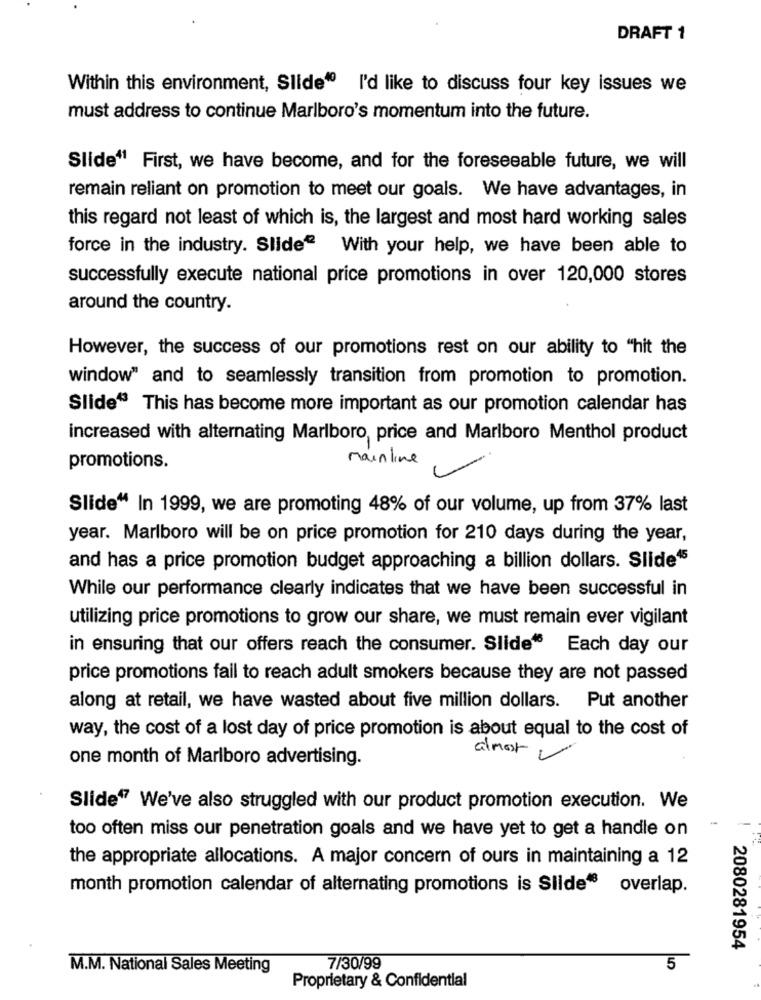
DRAFT 1
Within this environment, Slide" I'd like to discuss four key issues we
must address to continue Marlboro's momentum into the future.
Slide41 First, we have become, and for the foreseeable future, we will
remain reliant on promotion to meet our goals. We have advantages, in
this regard not least of which is, the largest and most hard working sales
force in the industry. Slide With your help, we have been able to
successfully execute national price promotions in over 120,000 stores
around the country.
However, the success of our promotions rest on our ability to "hit the
window" and to seamlessly transition from promotion to promotion.
Slide“ This has become more important as our promotion calendar has
increased with alternating Marlboro, price and Marlboro Menthol product
mainline
promotions.
Slide“ In 1999, we are promoting 48% of our volume, up from 37% last
year. Marlboro will be on price promotion for 210 days during the year,
and has a price promotion budget approaching a billion dollars. Slide45
While our performance clearly indicates that we have been successful in
utilizing price promotions to grow our share, we must remain ever vigilant
in ensuring that our offers reach the consumer. Slide" Each day our
price promotions fail to reach adult smokers because they are not passed
along at retail, we have wasted about five million dollars. Put another
way, the cost of a lost day of price promotion is about equal to the cost of
almost
one month of Marlboro advertising.
Slide7 We've also struggled with our product promotion execution. We
too often miss our penetration goals and we have yet to get a handle on
the appropriate allocations. A major concern of ours in maintaining a 12
month promotion calendar of alternating promotions is Slide® overlap.
2080281954
M.M. National Sales Meeting
7/30/99
5
Proprietary & Confidential